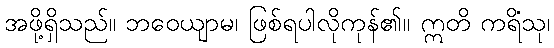
အဖို့ရှိသည်။ ဘဝေယျာမ၊ ဖြစ်ရပါလိုကုန်၏။ ဣတိ ကရိံသု၊